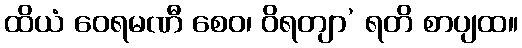
ထိယံ ဝေရမဏီ စေဝ၊ ဝိရတျာ’ ရတိ စာပျထ။